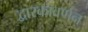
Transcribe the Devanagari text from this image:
द्वारकावर्णन